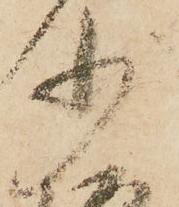
少